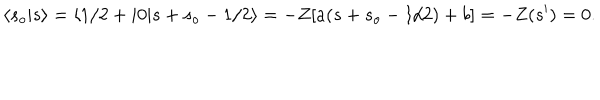
LaTeX: \langle s _ { o } \vert s \rangle = \langle 1 / 2 + i 0 \vert s + s _ { o } - 1 / 2 \rangle = - Z [ a ( s + s _ { o } - 1 / 2 ) + b ] = - Z ( s ^ { \prime } ) = 0 .